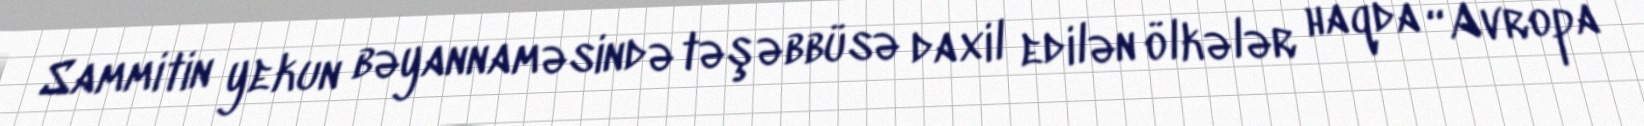
Sammitin yekun bəyannaməsində təşəbbüsə daxil edilən ölkələr haqda “Avropa